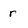
Character: r